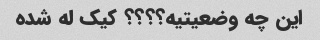
این چه وضعیتیه؟؟؟؟ کیک له شده